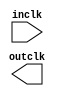

module unnamed (
	inclk,
	outclk);	

	input		inclk;
	output		outclk;
endmodule